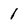
Character: 1